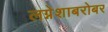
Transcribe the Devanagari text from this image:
लग्नेशाबरोबर